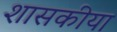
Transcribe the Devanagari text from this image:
शासकीया